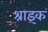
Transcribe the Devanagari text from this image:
श्राइक